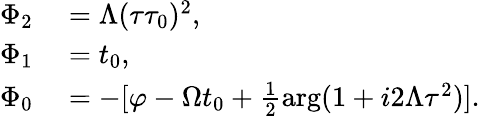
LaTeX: \begin{array}{rl}{\Phi_{2}}&{{}=\Lambda(\tau\tau_{0})^{2},}\\ {\Phi_{1}}&{{}=t_{0},}\\ {\Phi_{0}}&{{}=-[\varphi-\Omega t_{0}+\frac{1}{2}\arg(1+i2\Lambda\tau^{2})].}\end{array}